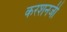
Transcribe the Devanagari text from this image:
करशनजी